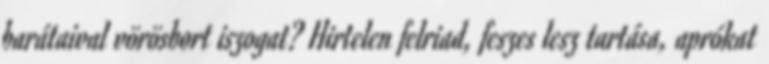
barátaival vörösbort iszogat? Hirtelen felriad, feszes lesz tartása, aprókat